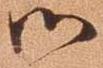
御